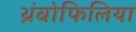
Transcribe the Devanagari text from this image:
थ्रंबोफिलिया